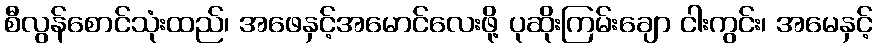
စီလွန်စောင်သုံးထည်၊ အဖေနှင့်အမောင်လေးဖို့ ပုဆိုးကြမ်းချော ငါးကွင်း၊ အမေနှင့်